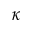
\kappa